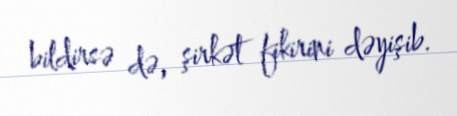
bildirsə də, şirkət fikirini dəyişib.